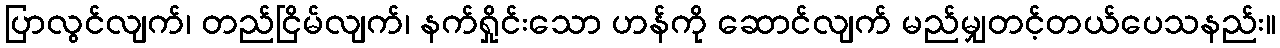
ပြာလွင်လျက်၊ တည်ငြိမ်လျက်၊ နက်ရှိုင်းသော ဟန်ကို ဆောင်လျက် မည်မျှတင့်တယ်ပေသနည်း။